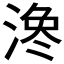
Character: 𪶳